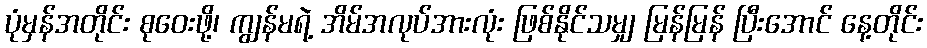
ပုံမှန်အတိုင်း စုဝေးဖို့၊ ကျွန်မရဲ့ အိမ်အလုပ်အားလုံး ဖြစ်နိုင်သမျှ မြန်မြန် ပြီးအောင် နေ့တိုင်း